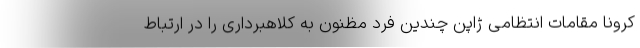
کرونا مقامات انتظامی ژاپن چندین فرد مظنون به کلاهبرداری را در ارتباط